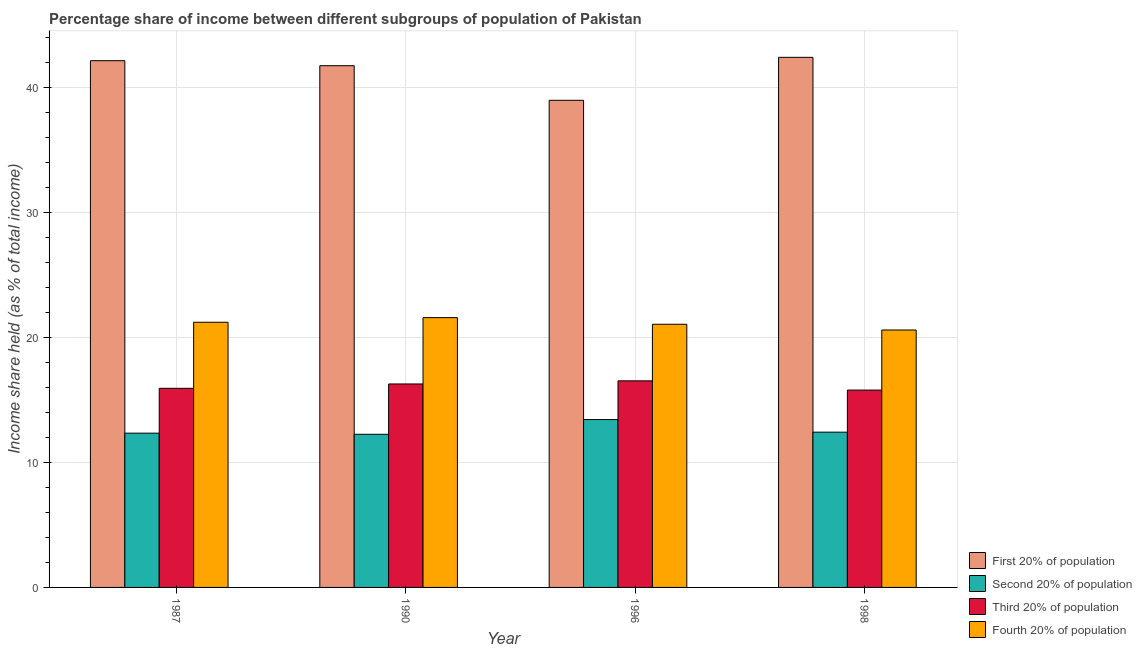
| Year | First 20% of population | Second 20% of population | Third 20% of population | Fourth 20% of population |
 | --- | --- | --- | --- | --- |
 | 1987 | 42.2 | 12.3 | 15.9 | 21.2 |
 | 1990 | 41.8 | 12.3 | 16.3 | 21.6 |
 | 1996 | 39 | 13.4 | 16.5 | 21.1 |
 | 1998 | 42.4 | 12.4 | 15.8 | 20.6 |